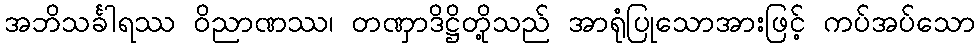
အဘိသင်္ခါရဿ ဝိညာဏဿ၊ တဏှာဒိဋ္ဌိတို့သည် အာရုံပြုသောအားဖြင့် ကပ်အပ်သော